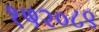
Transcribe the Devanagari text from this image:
१५२०८९